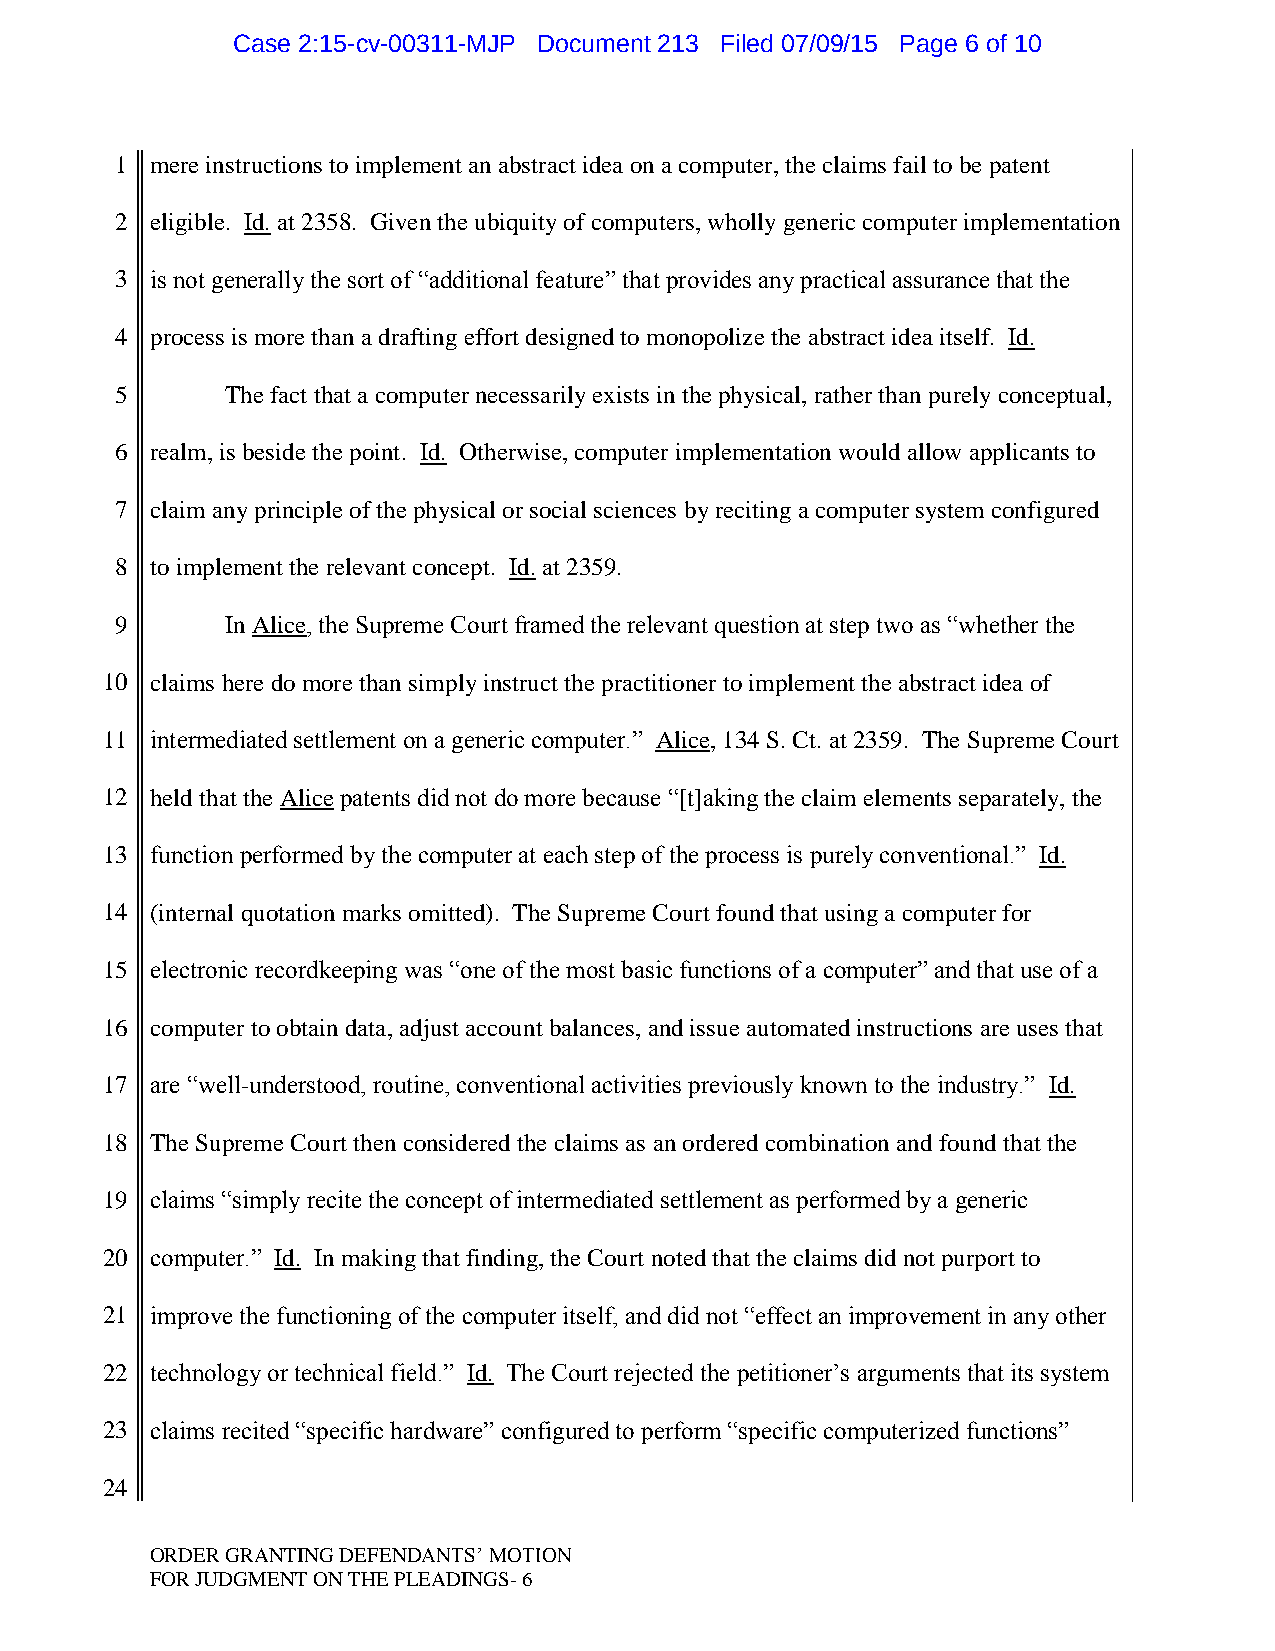
Case 2:15-cv-00311-MJP Document 213 Filed 07/09/15 Page 6 of 10
 1 mere instructions to implement an abstract idea on a computer, the claims fail to be patent
 2 eligible. Id. at 2358. Given the ubiquity of computers, wholly generic computer implementation
 3 is not generally the sort of “additional feature” that provides any practical assurance that the
 4 process is more than a drafting effort designed to monopolize the abstract idea itself. Id.
 5      The fact that a computer necessarily exists in the physical, rather than purely conceptual,
 6 realm, is beside the point. Id. Otherwise, computer implementation would allow applicants to
 7 claim any principle of the physical or social sciences by reciting a computer system configured
 8 to implement the relevant concept. Id. at 2359.
 9      In Alice, the Supreme Court framed the relevant question at step two as “whether the
 10 claims here do more than simply instruct the practitioner to implement the abstract idea of
 11 intermediated settlement on a generic computer.” Alice, 134 S. Ct. at 2359. The Supreme Court
 12 held that the Alice patents did not do more because “[t]aking the claim elements separately, the
 13 function performed by the computer at each step of the process is purely conventional.” Id.
 14 (internal quotation marks omitted). The Supreme Court found that using a computer for
 15 electronic recordkeeping was “one of the most basic functions of a computer” and that use of a
 16 computer to obtain data, adjust account balances, and issue automated instructions are uses that
 17 are “well-understood, routine, conventional activities previously known to the industry.” Id.
 18 The Supreme Court then considered the claims as an ordered combination and found that the
 19 claims “simply recite the concept of intermediated settlement as performed by a generic
 20 computer.” Id. In making that finding, the Court noted that the claims did not purport to
 21 improve the functioning of the computer itself, and did not “effect an improvement in any other
 22 technology or technical field.” Id. The Court rejected the petitioner‟s arguments that its system
 23 claims recited “specific hardware” configured to perform “specific computerized functions”
 24
 ORDER GRANTING DEFENDANTS‟ MOTION
 FOR JUDGMENT ON THE PLEADINGS- 6